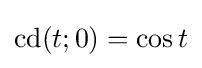
\operatorname {cd} (t;0)=\cos t